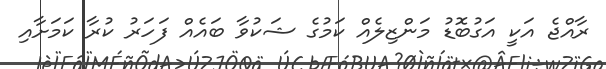
ރާއްޖެ އަކީ އަގުބޮޑު މަންޒިލެއް ކަމުގެ ޝަކުވާ ބައެއް ފަހަރު ކުރާ ކަމަށާއި